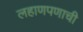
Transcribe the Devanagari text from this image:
लहाणपणाची